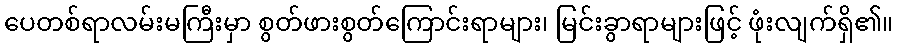
ပေတစ်ရာလမ်းမကြီးမှာ စွတ်ဖားစွတ်ကြောင်းရာများ၊ မြင်းခွာရာများဖြင့် ဖုံးလျက်ရှိ၏။